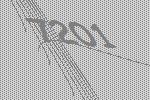
7201